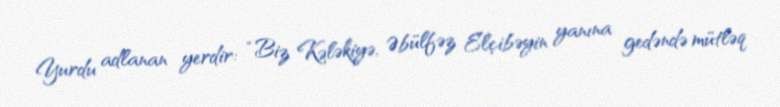
Yurdu adlanan yerdir: “Biz Kələkiyə, Əbülfəz Elçibəyin yanına gedəndə mütləq